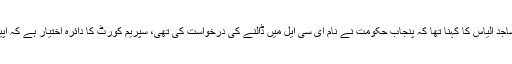
سماعت کے دوران ساجد الیاس کا کہنا تھا کہ پنجاب حکومت نے نام ای سی ایل میں ڈالنے کی درخواست کی تھی، سپریم کورٹ کا دائرہ اختیار ہے کہ اپیل کی سماعت کرے۔